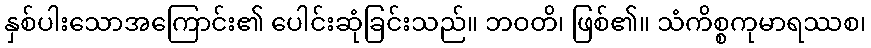
နှစ်ပါးသောအကြောင်း၏ ပေါင်းဆုံခြင်းသည်။ ဘဝတိ၊ ဖြစ်၏။ သံကိစ္စကုမာရဿစ၊